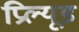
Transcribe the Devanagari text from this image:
प्रिल्यूड